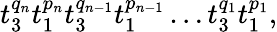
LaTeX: t_{3}^{q_{n}}t_{1}^{p_{n}}t_{3}^{q_{n-1}}t_{1}^{p_{n-1}}\ldots t_{3}^{q_{1}}t_{1}^{p_{1}},